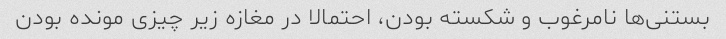
بستنی‌ها نامرغوب و شکسته بودن، احتمالا در مغازه زیر چیزی مونده بودن